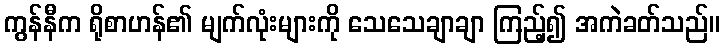
ကွန်နီက ရိုစာဟန်၏ မျက်လုံးများကို သေသေချာချာ ကြည့်၍ အကဲခတ်သည်။